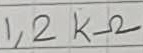
Text: 1,2KΩ